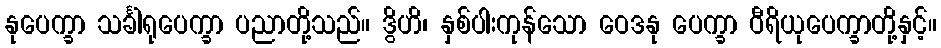
နုပေက္ခာ သင်္ခါရုပေက္ခာ ပညာတို့သည်။ ဒွိဟိ၊ နှစ်ပါးကုန်သော ဝေဒနု ပေက္ခာ ဝီရိယုပေက္ခာတို့နှင့်။